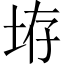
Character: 𪣋